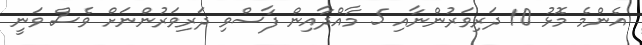
އެންމެ މޮޅު 10 ދަރިވަރުންނާއި 5 މާއްދާއިން ފާސްވި ދަރިވަރުންނަށް ވެސް ވަނީ